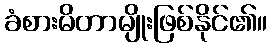
ခံစားမိတာမျိုးဖြစ်နိုင်၏။